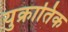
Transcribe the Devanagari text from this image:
युक्रातिक